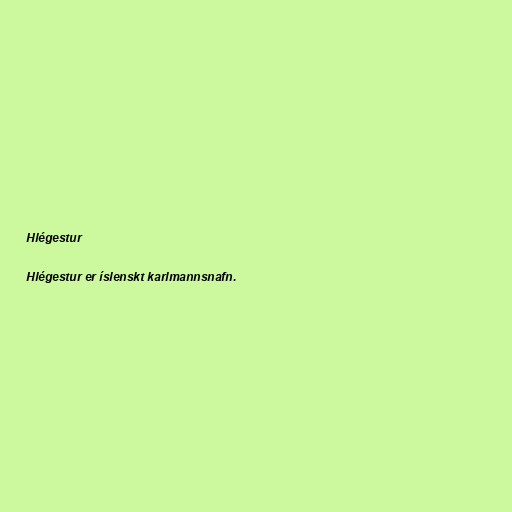
Hlégestur

Hlégestur er íslenskt karlmannsnafn.